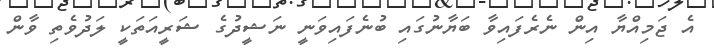
އެ ޖަމިއްޔާ އިން ނެރެފައިވާ ބަޔާނުގައި ބުނެފައިވަނީ ނަޝީދުގެ ޝަރީއަތަކީ ލަދުވެތި ވާން